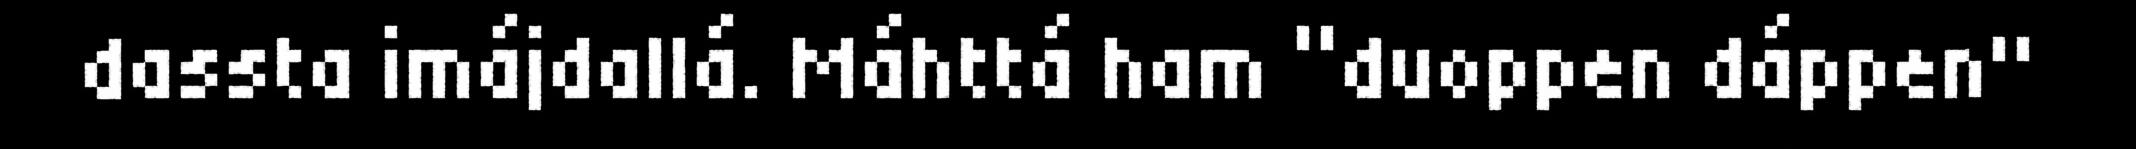
dassta imájdallá. Máhttá ham “duoppen dáppen"